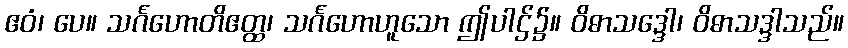
ဧဝံ၊ ပေ။ သင်္ဂဟောတိဧတ္ထ၊ သင်္ဂဟောဟူသော ဤပါဌ်၌။ ဝိဓာသဒ္ဒေါ၊ ဝိဓာသဒ္ဒါသည်။